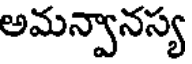
అమన్వానస్య